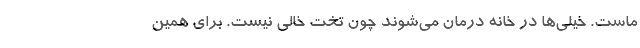
ماست. خیلی‌ها در خانه درمان می‌شوند چون تخت خالی نیست. برای همین